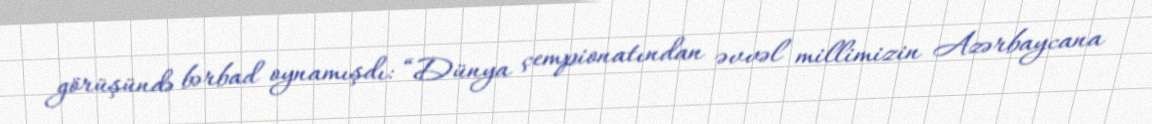
görüşündə bərbad oynamışdı: “Dünya çempionatından əvvəl millimizin Azərbaycana